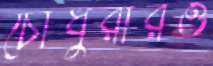
চৌধুরীরও